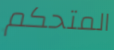
المتحكم